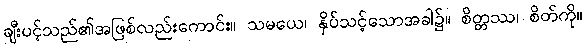
ချီးပင့်သည်၏အဖြစ်လည်းကောင်း။ သမယေ၊ နှိပ်သင့်သောအခါ၌။ စိတ္တဿ၊ စိတ်ကို။